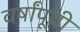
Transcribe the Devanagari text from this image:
वर्षांपूवी